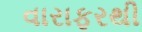
વારાફરથી